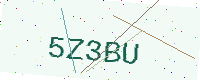
Text: 5Z3BU